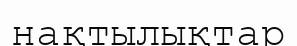
нақтылықтар